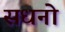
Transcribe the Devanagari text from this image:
सधनो